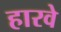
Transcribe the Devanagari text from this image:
हारवे